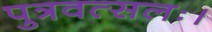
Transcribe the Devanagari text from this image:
पुत्रवत्सलः।